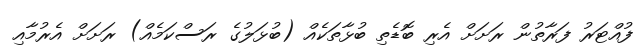
ފުއްޓަރު ފަރާތުން ރަށަށް އެރި ބޮޑެތި ބުޅާތަކެއް (ބުޅަލުގެ ރަސްކަމެއް) ރަށަށް އެރުމާއި